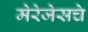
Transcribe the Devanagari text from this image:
मेरेजेसचे